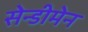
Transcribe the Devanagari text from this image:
सेन्डीमेन